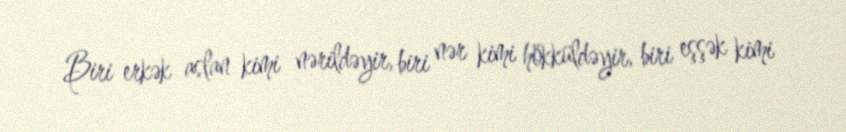
Biri erkək aslan kimi nərildəyir, biri nər kimi hökküldəyir, biri eşşək kimi